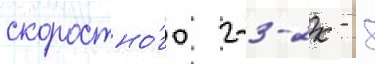
скоростно́го 2-3-2к - 8